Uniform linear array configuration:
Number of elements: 12
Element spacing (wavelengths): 1
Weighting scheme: exponential
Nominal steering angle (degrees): -15
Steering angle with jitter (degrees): -15.643
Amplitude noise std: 0.05
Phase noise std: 0.05

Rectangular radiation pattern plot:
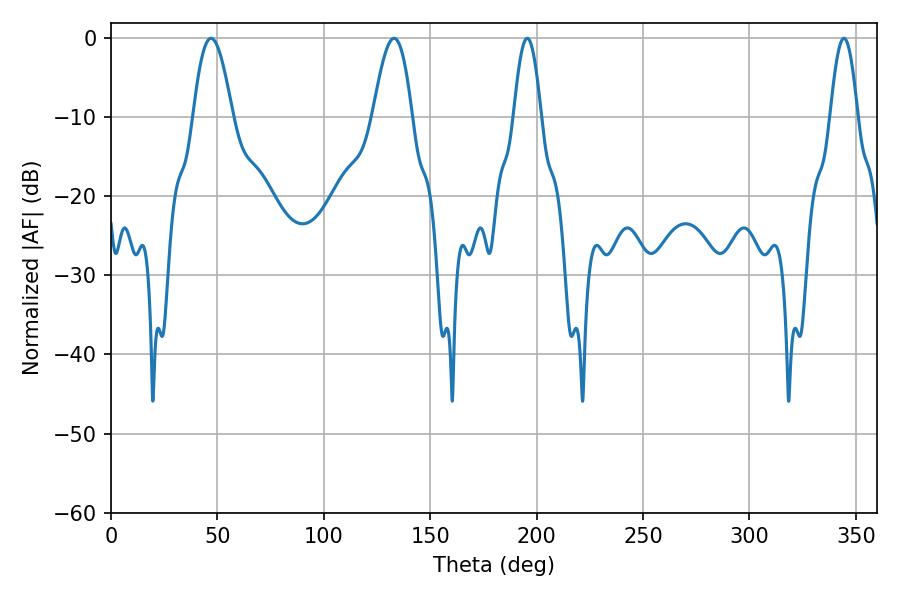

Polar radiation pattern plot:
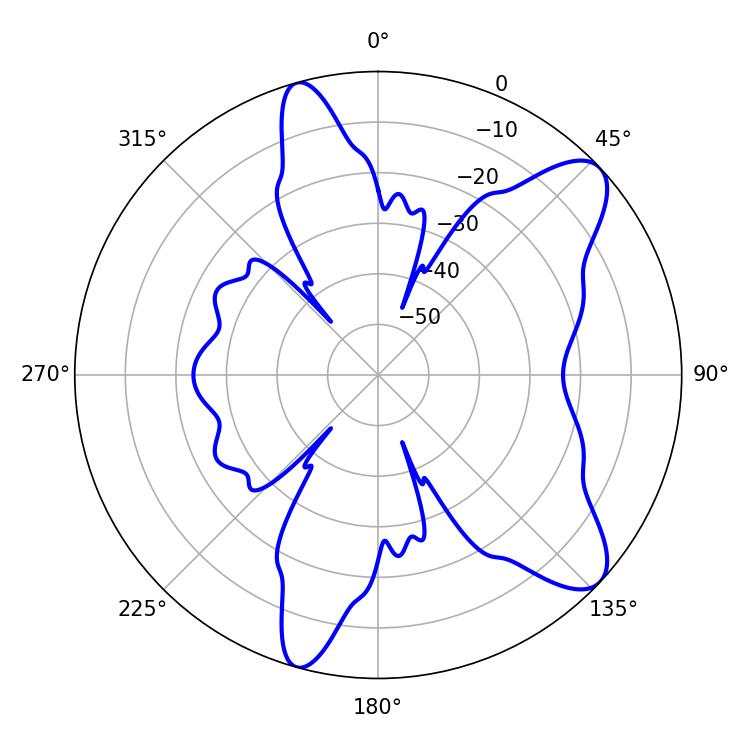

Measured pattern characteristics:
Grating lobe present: TRUE
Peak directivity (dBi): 9.557
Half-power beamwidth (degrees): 9.9
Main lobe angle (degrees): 46.98